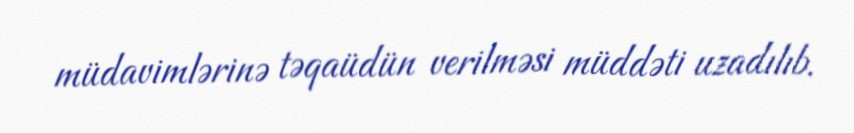
müdavimlərinə təqaüdün verilməsi müddəti uzadılıb.